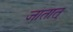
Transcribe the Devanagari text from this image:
जातात्